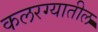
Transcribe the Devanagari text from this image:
कलरग्यातील